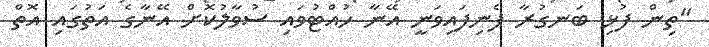
"ތިން ފުޅި ބަނގުރާ ފެނިފައިވަނީ އޭނާ ހުއްޓުވައި ސުވާލުކޮށް އޭނާގެ އަތުގައި އޮތް